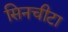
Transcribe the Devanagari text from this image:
सिनचीटा